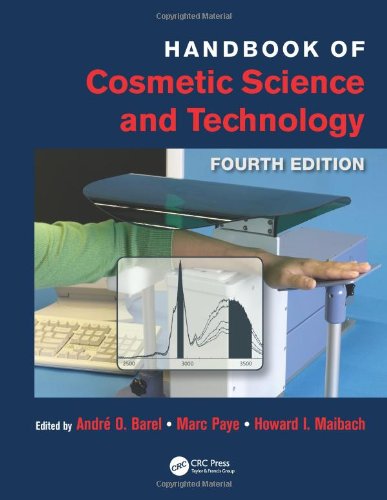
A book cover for Handbook of Cosmetic Science and Technology, Fourth Edition; Engineering & Transportation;